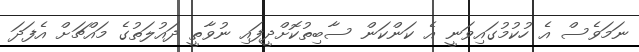
ނަމަވެސް އެ ހުކުމުގައިވަނީ އެ ކަންކަން ސާބިތުކޮށްދީފައި ނުވާތީ ދައުލަތުގެ މައްޗަށް އެފަދަ